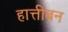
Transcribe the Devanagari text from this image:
हात्तीबन